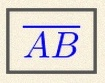
\overline{AB}